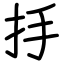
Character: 抙